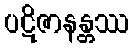
ပဋိဇာနန္တဿ